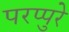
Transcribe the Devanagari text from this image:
परप्पुरे